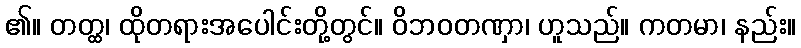
၏။ တတ္ထ၊ ထိုတရားအပေါင်းတို့တွင်။ ဝိဘဝတဏှာ၊ ဟူသည်။ ကတမာ၊ နည်း။